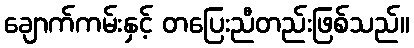
ချောက်ကမ်းနှင့် တပြေးညီတည်းဖြစ်သည်။